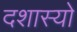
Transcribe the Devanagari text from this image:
दशास्यो